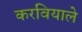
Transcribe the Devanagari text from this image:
करवियाले